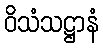
ဝိသံသဋ္ဌာနံ